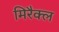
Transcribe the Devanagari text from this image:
मिरैक्ल